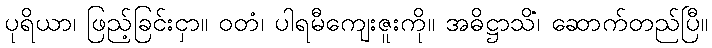
ပုရိယာ၊ ဖြည့်ခြင်းငှာ။ ဝတံ၊ ပါရမီကျေးဇူးကို။ အဓိဋ္ဌာသိံ၊ ဆောက်တည်ပြီ။